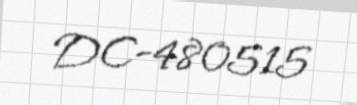
DC-480515